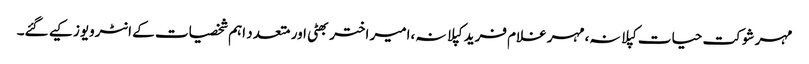
مہر شوکت حیات کپلانہ،مہر غلام فرید کپلانہ،امیر اختر بھٹی اور متعدد اہم شخصیات کے انٹرویوز کیے گئے۔